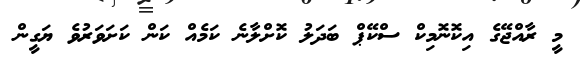
މީ ރާއްޖޭގެ އިކޮނޮމިކް ސްކޭޕް ބަދަލު ކޮށްލާނެ ކަމެއް ކަން ކަށަވަރުވެ ޔަގީން